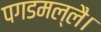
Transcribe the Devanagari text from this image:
पगडमल्लै।